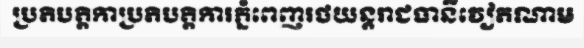
ប្រតិបត្តិកាប្រតិបត្តិការភ្នំពេញរថយន្តរាជធានីវៀតណាម